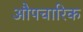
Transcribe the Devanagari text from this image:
अाैपचारिक